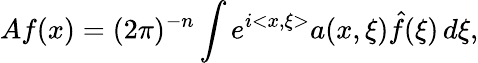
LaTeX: Af(x)=(2\pi)^{-n}\int e^{i<x,\xi>}a(x,\xi)\hat{f}(\xi)\, d\xi,